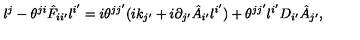
l ^ { j } - \theta ^ { j i } \hat { F } _ { i i ^ { \prime } } l ^ { i ^ { \prime } } = i \theta ^ { j j ^ { \prime } } ( i k _ { j ^ { \prime } } + i \partial _ { j ^ { \prime } } \hat { A } _ { i ^ { \prime } } l ^ { i ^ { \prime } } ) + \theta ^ { j j ^ { \prime } } l ^ { i ^ { \prime } } D _ { i ^ { \prime } } \hat { A } _ { j ^ { \prime } } ,